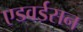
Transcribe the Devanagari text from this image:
एडवर्डसन